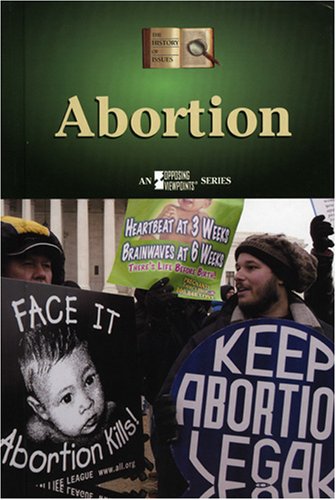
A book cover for Abortion (History of Issues); Jackie Landis; Teen & Young Adult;